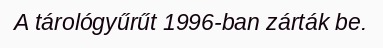
A tárológyűrűt 1996-ban zárták be.